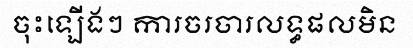
ចុះឡើងៗ ការចរចារលទ្ធផលមិន